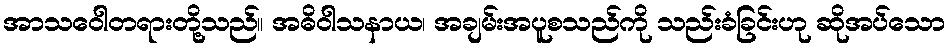
အာသဝေါတရားတို့သည်။ အဓိဝါသနာယ၊ အချမ်းအပူစသည်ကို သည်းခံခြင်းဟု ဆိုအပ်သော